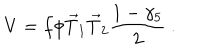
LaTeX: V = f \phi \vec { T } _ { 1 } \vec { T } _ { 2 } \frac { 1 - \gamma _ { 5 } } { 2 } ~ .